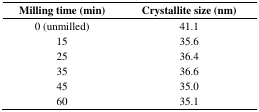
| Milling time (min) | Crystallite size (nm) |
 | --- | --- |
 | 0 (unmilled) | 41.1 |
 | 15 | 35.6 |
 | 25 | 36.4 |
 | 35 | 36.6 |
 | 45 | 35.0 |
 | 60 | 35.1 |